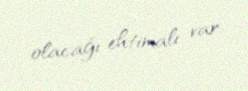
olacağı ehtimalı var.